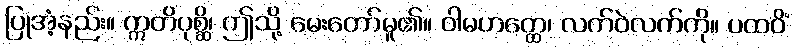
ပြုအံ့နည်း။ ဣတိပုစ္ဆိ၊ ဤသို့ မေးတော်မူ၏။ ဝါမဟတ္ထေ၊ လက်ဝဲလက်ကို။ ပထဝိံ